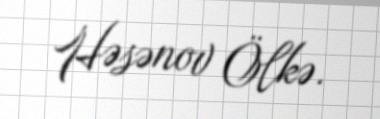
Həsənov Ölkə.